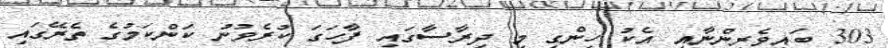
303 ބައިވެރިންނާއި އެކު ހިންގި މި ދިރާސާގައި ފާހަގަ ކުރެވުނު ކަންކަމުގެ ތެރޭގައި